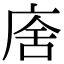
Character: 𢉃